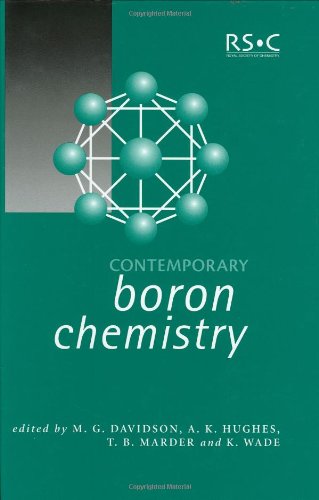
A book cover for Contemporary Boron Chemistry: RSC (Special Publications); Science & Math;